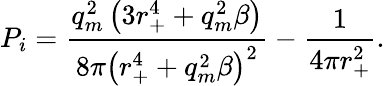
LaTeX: P_{i}=\frac{q_{m}^{2}\left(3r_{+}^{4}+q_{m}^{2}\beta\right)}{8\pi\left(r_{+}^{4}+q_{m}^{2}\beta\right)^{2}}-\frac{1}{4\pi r_{+}^{2}}.